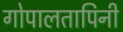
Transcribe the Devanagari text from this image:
गोपालतापिनी